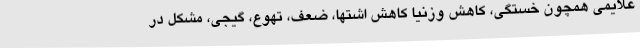
علایمی همچون خستگی، کاهش وزنیا کاهش اشتها، ضعف، تهوع، گیجی، مشکل در